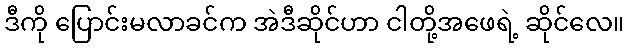
ဒီကို ပြောင်းမလာခင်က အဲဒီဆိုင်ဟာ ငါတို့အဖေရဲ့ ဆိုင်လေ။